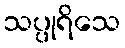
သပ္ပုရိသေ